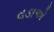
વડાએ